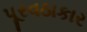
પૂરવઠાકાર